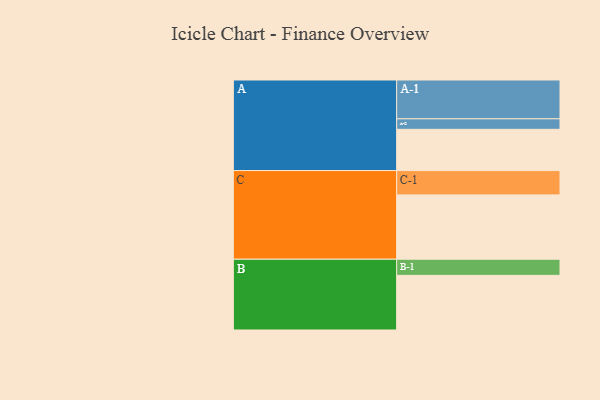
{"axis": {"x": "Segment", "y": "Value"}, "legend": ["", "A", "B", "C"], "data": [{"x": "A", "y": 302, "type": ""}, {"x": "B", "y": 400, "type": ""}, {"x": "C", "y": 471, "type": ""}, {"x": "A-1", "y": 284, "type": "A"}, {"x": "A-2", "y": 77, "type": "A"}, {"x": "B-1", "y": 118, "type": "B"}, {"x": "C-1", "y": 178, "type": "C"}]}